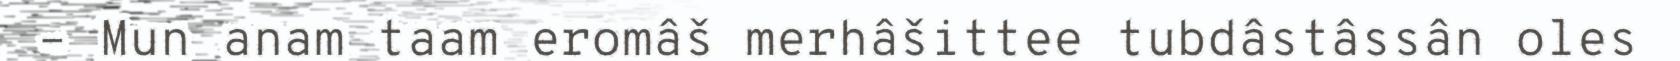
– Mun anam taam eromâš merhâšittee tubdâstâssân oles